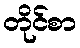
တိုင်စာ